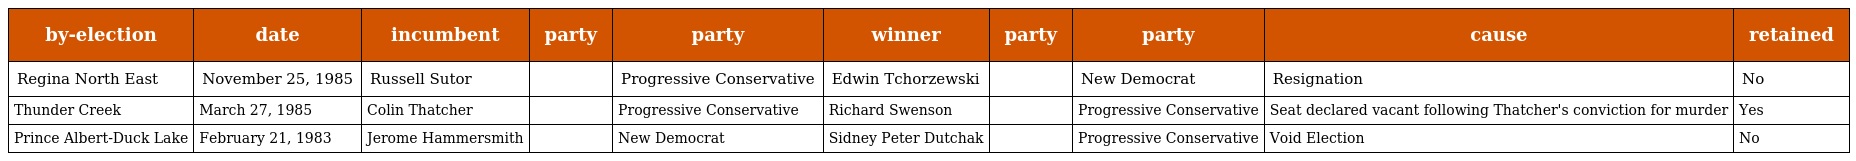
| by-election | date | incumbent | party | party | winner | party | party | cause | retained |
 | --- | --- | --- | --- | --- | --- | --- | --- | --- | --- |
 | Regina North East | November 25, 1985 | Russell Sutor |  | Progressive Conservative | Edwin Tchorzewski |  | New Democrat | Resignation | No |
 | Thunder Creek | March 27, 1985 | Colin Thatcher |  | Progressive Conservative | Richard Swenson |  | Progressive Conservative | Seat declared vacant following Thatcher's conviction for murder | Yes |
 | Prince Albert-Duck Lake | February 21, 1983 | Jerome Hammersmith |  | New Democrat | Sidney Peter Dutchak |  | Progressive Conservative | Void Election | No |